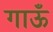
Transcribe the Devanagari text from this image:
गाऊँ